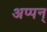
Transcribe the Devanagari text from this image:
अप्पन्